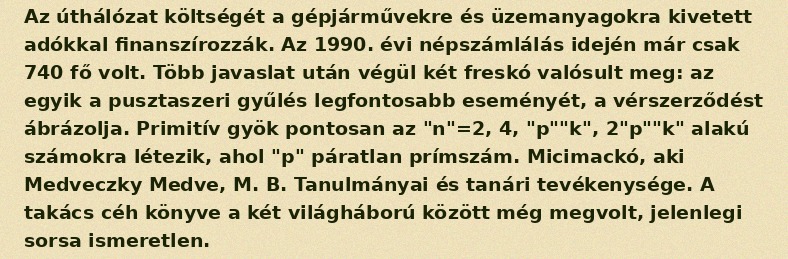
Az úthálózat költségét a gépjárművekre és üzemanyagokra kivetett adókkal finanszírozzák. Az 1990. évi népszámlálás idején már csak 740 fő volt. Több javaslat után végül két freskó valósult meg: az egyik a pusztaszeri gyűlés legfontosabb eseményét, a vérszerződést ábrázolja. Primitív gyök pontosan az "n"=2, 4, "p""k", 2"p""k" alakú számokra létezik, ahol "p" páratlan prímszám. Micimackó, aki Medveczky Medve, M. B. Tanulmányai és tanári tevékenysége. A takács céh könyve a két világháború között még megvolt, jelenlegi sorsa ismeretlen.